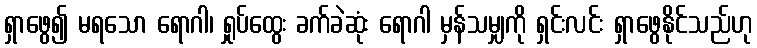
ရှာဖွေ၍ မရသော ရောဂါ၊ ရှုပ်ထွေး ခက်ခဲဆုံး ရောဂါ မှန်သမျှကို ရှင်းလင်း ရှာဖွေနိုင်သည်ဟု